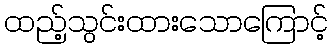
ထည့်သွင်းထားသောကြောင့်